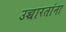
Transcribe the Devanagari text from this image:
उच्चारतांना